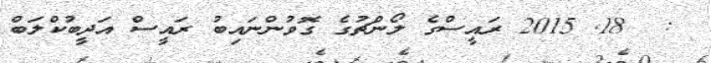
:  18